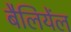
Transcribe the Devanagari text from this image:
बैलियेंल